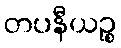
တပနီယဉ္စ